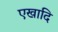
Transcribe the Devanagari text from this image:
एखादि